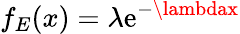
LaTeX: f_{E}(x)=\lambda\mathrm{e}^{-\lambdax}